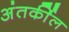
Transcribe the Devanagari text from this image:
अंतर्कील